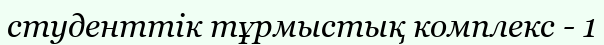
студенттік тұрмыстық комплекс - 1